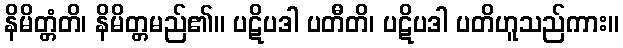
နိမိတ္တံတိ၊ နိမိတ္တမည်၏။ ပဋိပဒါ ပတီတိ၊ ပဋိပဒါ ပတိဟူသည်ကား။